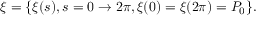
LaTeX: \xi = \{ \xi ( s ) , s = 0 \rightarrow 2 \pi , \xi ( 0 ) = \xi ( 2 \pi ) = P _ { 0 } \} .